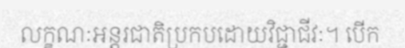
លក្ខណៈអន្តរជាតិប្រកបដោយវិជ្ជាជីវៈ។ បើក